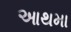
આથમા